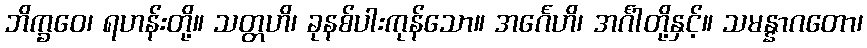
ဘိက္ခဝေ၊ ရဟန်းတို့။ သတ္တဟိ၊ ခုနစ်ပါးကုန်သော။ အင်္ဂေဟိ၊ အင်္ဂါတို့နှင့်။ သမန္နာဂတော၊